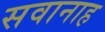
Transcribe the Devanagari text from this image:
सवानाह